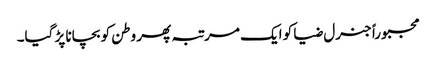
مجبوراً جنرل ضیا کو ایک مرتبہ پھر وطن کو بچانا پڑ گیا۔